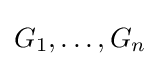
G_{1},\ldots ,G_{n}